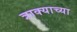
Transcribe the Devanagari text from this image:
त्राक्याच्या